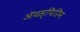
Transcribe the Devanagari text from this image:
ॲयस्पिरिन